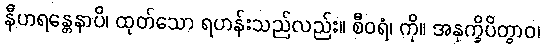
နီဟရန္တေနာပိ၊ ထုတ်သော ရဟန်းသည်လည်း။ စီဝရံ၊ ကို။ အနုက္ခိပိတွာဝ၊